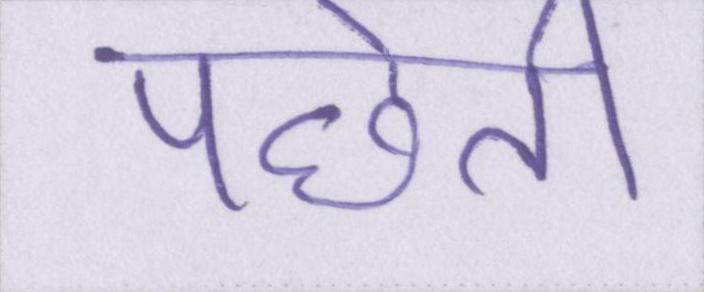
पछेती